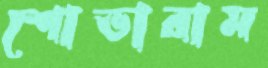
শোভারাম